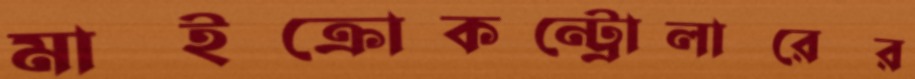
মাইক্রোকন্ট্রোলারের